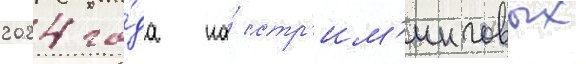
2024 го́да на́ стр'им'инговых